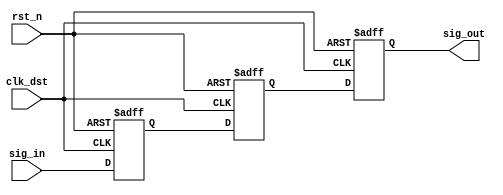
module signal_level_crossing_synchronizer #(
    parameter WIDTH = 1  // Width of the input signal
)(
    input wire clk_dst,              // Destination clock
    input wire rst_n,                // Asynchronous active-low reset
    input wire [WIDTH-1:0] sig_in,   // Input signal from source clock domain
    output reg [WIDTH-1:0] sig_out   // Synchronized output signal
);

    // Two-stage flip-flops for synchronization
    reg [WIDTH-1:0] sync_ff1;
    reg [WIDTH-1:0] sync_ff2;

    // Synchronous reset and synchronization logic
    always @(posedge clk_dst or negedge rst_n) begin
        if (!rst_n) begin
            sync_ff1 <= {WIDTH{1'b0}};
            sync_ff2 <= {WIDTH{1'b0}};
            sig_out <= {WIDTH{1'b0}};
        end else begin
            sync_ff1 <= sig_in;       // Sample input signal
            sync_ff2 <= sync_ff1;     // Propagate to second stage
            sig_out <= sync_ff2;      // Output the synchronized signal
        end
    end

endmodule